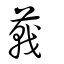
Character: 𦻝